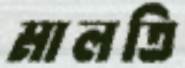
মালতি